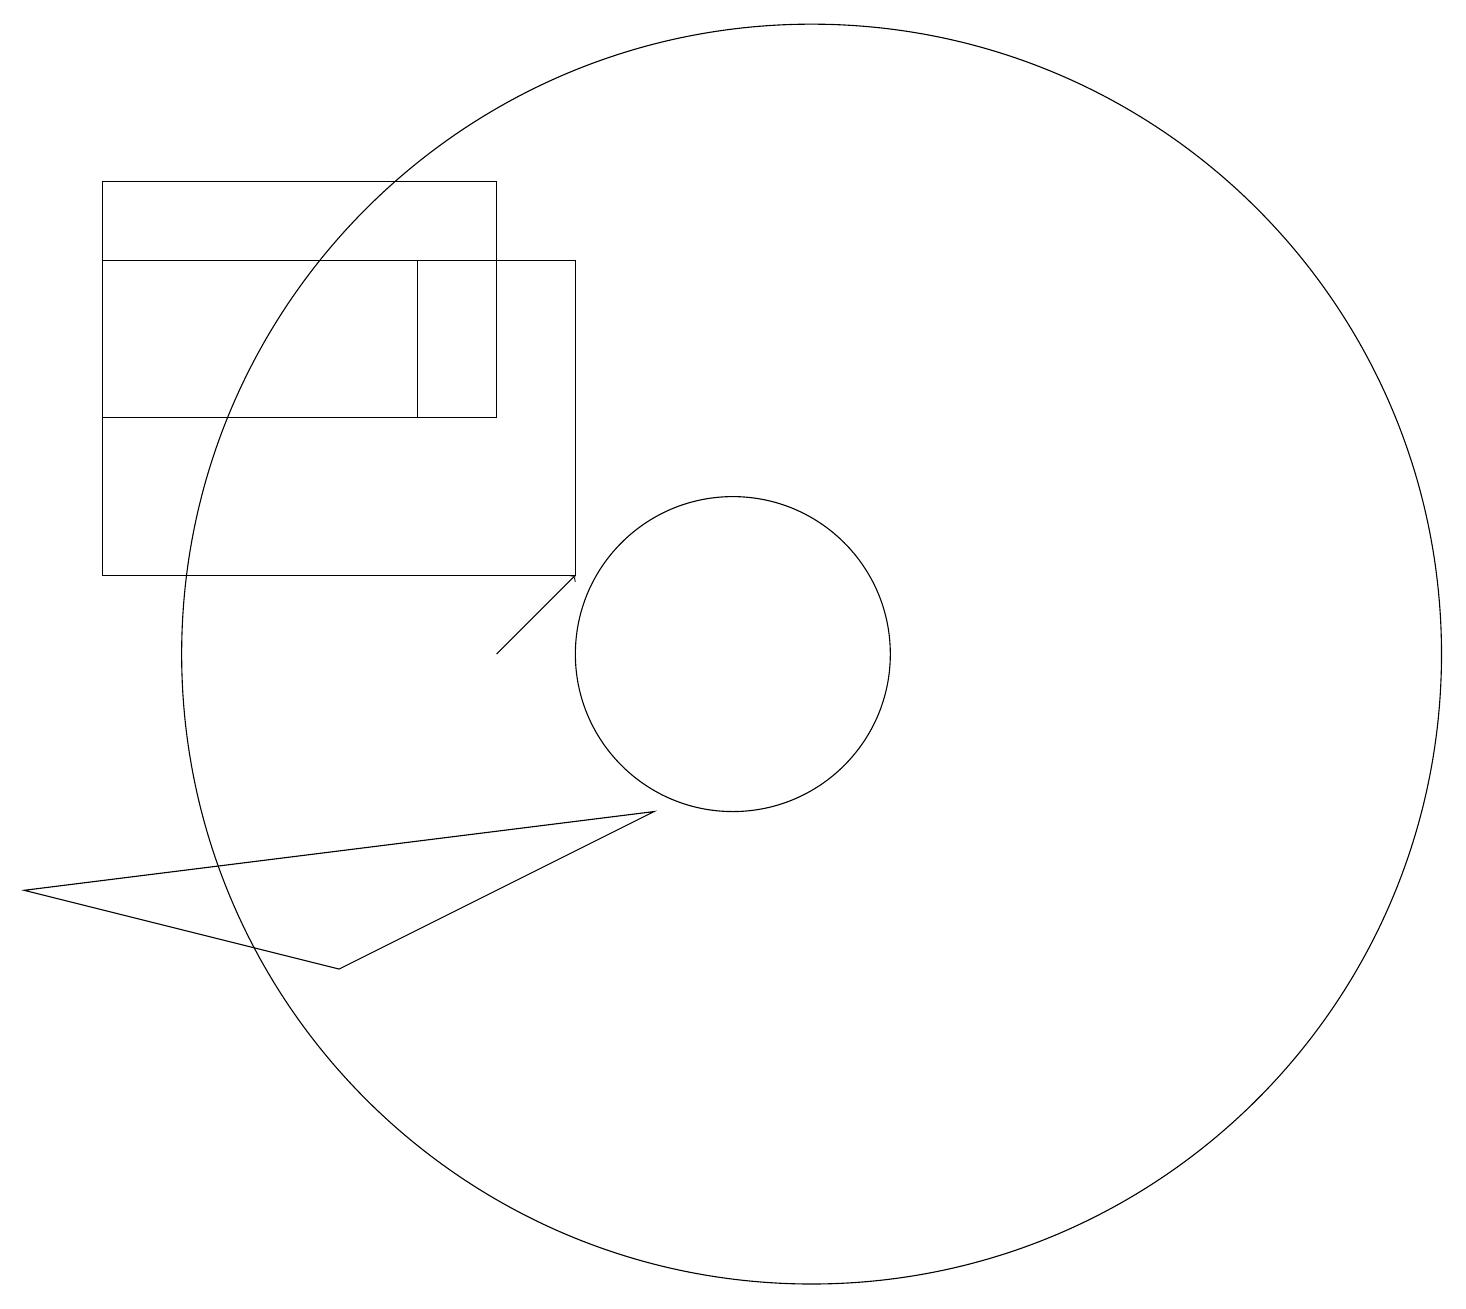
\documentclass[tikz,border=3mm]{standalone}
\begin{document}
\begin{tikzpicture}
\draw (7,13) rectangle (2,16);
\draw (9,8) -- (1,7) -- (5,6) -- cycle;
\draw (10,10) circle (2);
\draw (11,10) circle (8);
\draw (8,15) rectangle (2,11);
\draw (2,13) rectangle (6,15);
\draw[->] (7,10) -- (8,11);
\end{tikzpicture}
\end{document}